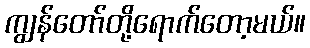
ကျွန်တော်တို့ရောက်တော့မယ်။